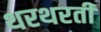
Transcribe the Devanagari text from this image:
थरथरती